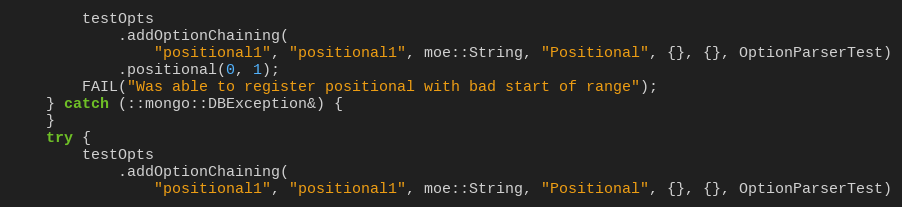
Language: C++
        testOpts
            .addOptionChaining(
                "positional1", "positional1", moe::String, "Positional", {}, {}, OptionParserTest)
            .positional(0, 1);
        FAIL("Was able to register positional with bad start of range");
    } catch (::mongo::DBException&) {
    }
    try {
        testOpts
            .addOptionChaining(
                "positional1", "positional1", moe::String, "Positional", {}, {}, OptionParserTest)